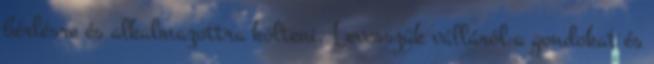
bérlésre és alkalmazottra költeni. Levesszük válláról a gondokat és